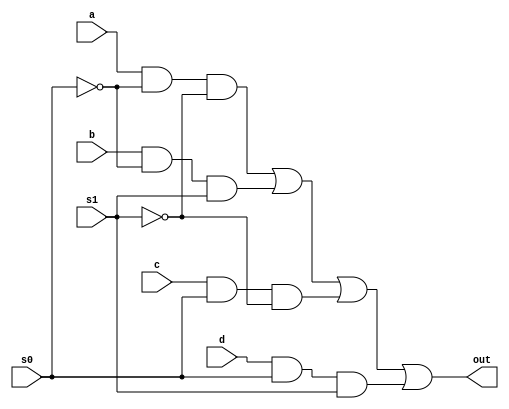
module Mux4GateLevel(
output	 out, 
input     a, b, c, d,
input     s0, s1
);

wire      s0wire, s1wire;
wire      T1, T2, T3, T4;

not (s0wire, s0), (s1wire, s1);
and (T1, a, s0wire, s1wire), (T2, b, s0wire, s1),(T3, c, s0, s1wire), (T4, d, s0, s1);
or(out, T1, T2, T3, T4);

endmodule